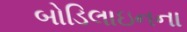
બોડિલાઇનના